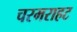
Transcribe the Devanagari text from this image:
चरमराहट